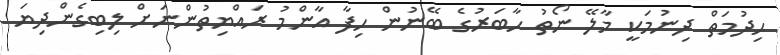
ޙިދުމަތް ދިނުމަކީ މާލޭ ނޯތު ހާބަރުގެ ބޭނުން ހިފާ އާންމު ރައްޔިތުންނަށް ލިބިގެންދިޔަ